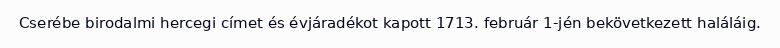
Cserébe birodalmi hercegi címet és évjáradékot kapott 1713. február 1-jén bekövetkezett haláláig.